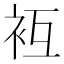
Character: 𧘢